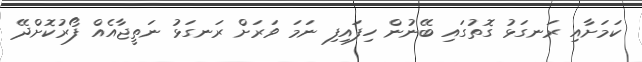
ކަމަށާއި ރަނގަޅު ގޮތުގައި ބޭނުން ހިފައިފި ނަމަ ވަރަށް ރަނގަޅު ނަތީޖާއެއް ފޯރުކޮށްދޭ